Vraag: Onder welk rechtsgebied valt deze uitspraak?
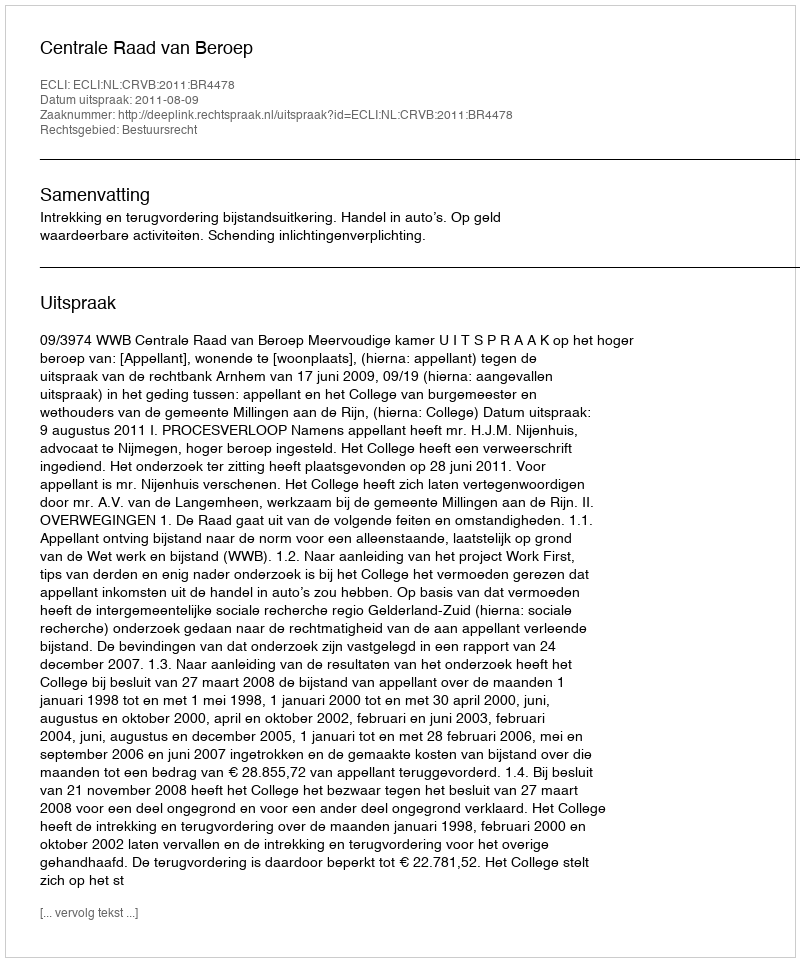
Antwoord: Bestuursrecht